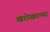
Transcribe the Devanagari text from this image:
खरोखरच्या